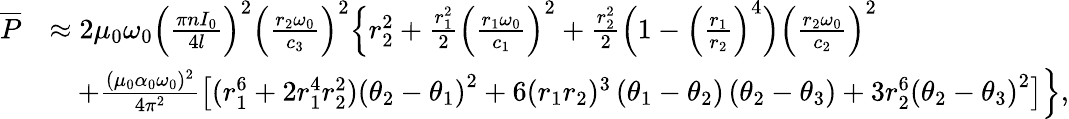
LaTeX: \begin{array}{rl}{\overline{{P}}}&{\approx 2\mu_{0}\omega_{0}\Big(\frac{\pi nI_{0}}{4l}\Big)^{2}\Big(\frac{r_{2}\omega_{0}}{c_{3}}\Big)^{2}\Big\{ r_{2}^{2}+\frac{r_{1}^{2}}{2}\Big(\frac{r_{1}\omega_{0}}{c_{1}}\Big)^{2}+\frac{r_{2}^{2}}{2}\Big(1-\Big(\frac{r_{1}}{r_{2}}\Big)^{4}\Big)\Big(\frac{r_{2}\omega_{0}}{c_{2}}\Big)^{2}}\\ &{\quad+\frac{(\mu_{0}\alpha_{0}\omega_{0})^{2}}{4\pi^{2}}\big[(r_{1}^{6}+2r_{1}^{4}r_{2}^{2})\left(\theta_{2}-\theta_{1}\right)^{2}+6(r_{1}r_{2})^{3}\left(\theta_{1}-\theta_{2}\right)\left(\theta_{2}-\theta_{3}\right)+3r_{2}^{6}\left(\theta_{2}-\theta_{3}\right)^{2}\big]\Big\} ,}\end{array}